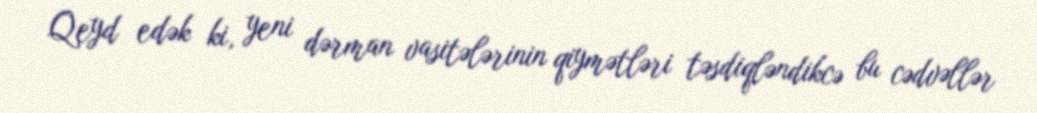
Qeyd edək ki, yeni dərman vasitələrinin qiymətləri təsdiqləndikcə bu cədvəllər